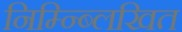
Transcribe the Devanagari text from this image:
निम्न्ब्लिखित